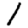
Digit: 1